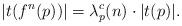
LaTeX: \begin{align*}|t(f^n(p))|=\lambda^c_p(n)\cdot |t(p)|.\end{align*}